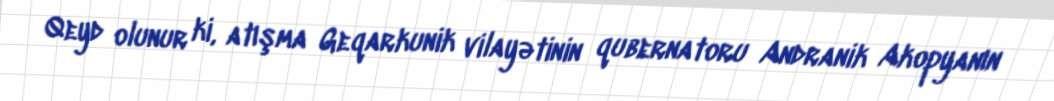
Qeyd olunur ki, atışma Geqarkunik vilayətinin qubernatoru Andranik Akopyanın